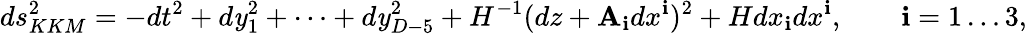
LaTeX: ds_{KKM}^{2}=-dt^{2}+d\mathit{y}_{1}^{2}+\dots+d\mathit{y}_{D-5}^{2}+H^{-1}(dz+\mathbf{A}_{\mathbf{i}}dx^{\mathbf{i}})^{2}+Hdx_{\mathbf{i}}dx^{\mathbf{i}},\qquad\mathbf{i}=1\dots3,